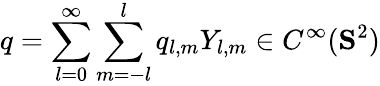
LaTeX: q=\sum_{l=0}^{\infty}\sum_{m=-l}^{l}q_{l,m}Y_{l,m}\in C^{\infty}(\mathbf{S}^{2})